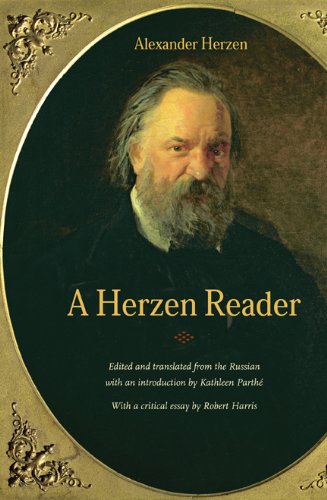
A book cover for A Herzen Reader; Alexander Herzen; Literature & Fiction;